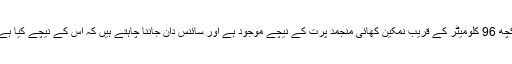
کچھ 96 کلومیٹر کے قریب نمکین کھائی منجمد پرت کے نیچے موجود ہے اور سائنس دان جاننا چاہتے ہیں کہ اس کے نیچے کیا ہے۔